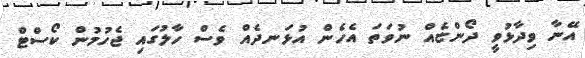
އޭނާ ވިދާޅުވީ ދޯންޏެއް ނުވަތަ އެހެން އުޅަނދެއް ވެސް ހާލުގައި ޖެހުމުން ކޯސްޓް